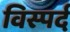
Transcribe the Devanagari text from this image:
विस्पर्द